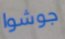
جوشوا